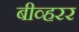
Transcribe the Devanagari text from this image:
बीव्हरर